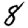
Digit: 8